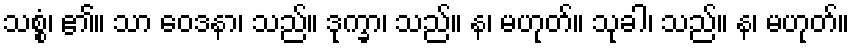
သစ္စံ၊ ၏။ သာ ဝေဒနာ၊ သည်။ ဒုက္ခာ၊ သည်။ န၊ မဟုတ်။ သုခါ၊ သည်။ န၊ မဟုတ်။